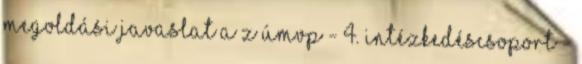
megoldási javaslat a z ÚMVP - 4. Intézkedéscsoport -